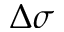
\Delta \sigma